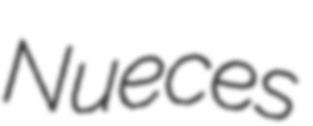
Nueces